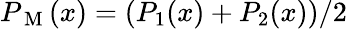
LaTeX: P_{\mathrm{~M~}}(x)=(P_{1}(x)+P_{2}(x))/2